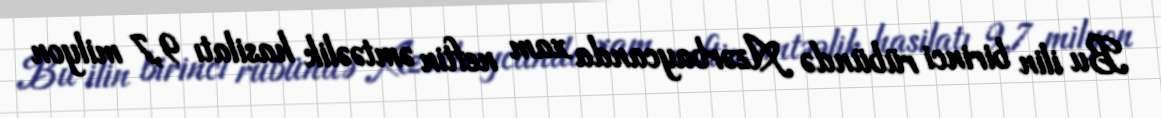
Bu ilin birinci rübündə Azərbaycanda xam neftin əmtəəlik hasilatı 9,7 milyon